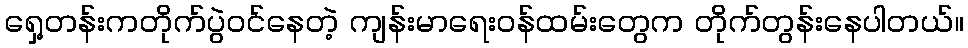
ရှေ့တန်းကတိုက်ပွဲဝင်နေတဲ့ ကျန်းမာရေးဝန်ထမ်းတွေက တိုက်တွန်းနေပါတယ်။